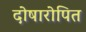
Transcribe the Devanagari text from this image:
दोषारोपित